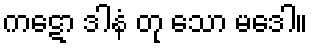
ကဋော ဒါနံ တု သော မဒေါ။